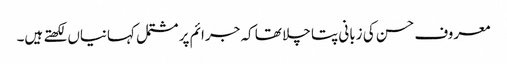
معروف حسن کی زبانی پتا چلا تھا کہ جرائم پر مشتمل کہانیاں لکھتے ہیں۔